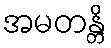
အမတန္တိ